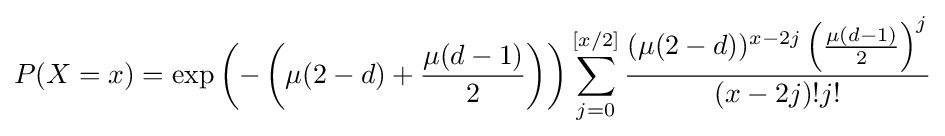
P(X=x)=\exp \left(-\left(\mu (2-d)+{\frac {\mu (d-1)}{2}}\right)\right)\sum _{j=0}^{[x/2]}{\frac {(\mu (2-d))^{x-2j}\left({\frac {\mu (d-1)}{2}}\right)^{j}}{(x-2j)!j!}}